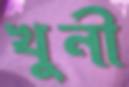
খুনী